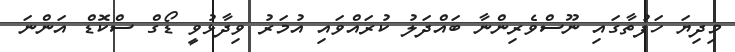
މިދިޔަ ހަފުތާގައި ނޫސްވެރިންނާ ބައްދަލު ކުރައްވައި އުމަރު ވިދާޅުވީ ޑޯގް ސްކޮޑް އަންނަ